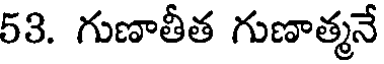
53. గుణాతీత గుణాత్మనే